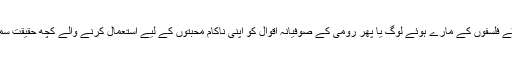
کم از کم محبت کے جھوٹے فلسفوں کے مارے ہوئے لوگ یا پھر رومی کے صوفیانہ اقوال کو اپنی ناکام محبتوں کے لیے استعمال کرنے والے کچھ حقیقت سمجھنے کے قابل ہوں گے۔